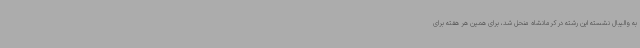
به والیبال نشسته این رشته در کرمانشاه منحل شد، برای همین هر هفته برای